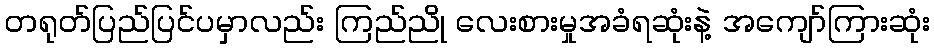
တရုတ်ပြည်ပြင်ပမှာလည်း ကြည်ညို လေးစားမှုအခံရဆုံးနဲ့ အကျော်ကြားဆုံး